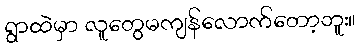
ရွာထဲမှာ လူတွေမကျန်လောက်တော့ဘူး။